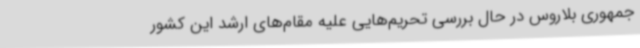
جمهوری بلاروس در حال بررسی تحریم‌هایی علیه مقام‌های ارشد این کشور